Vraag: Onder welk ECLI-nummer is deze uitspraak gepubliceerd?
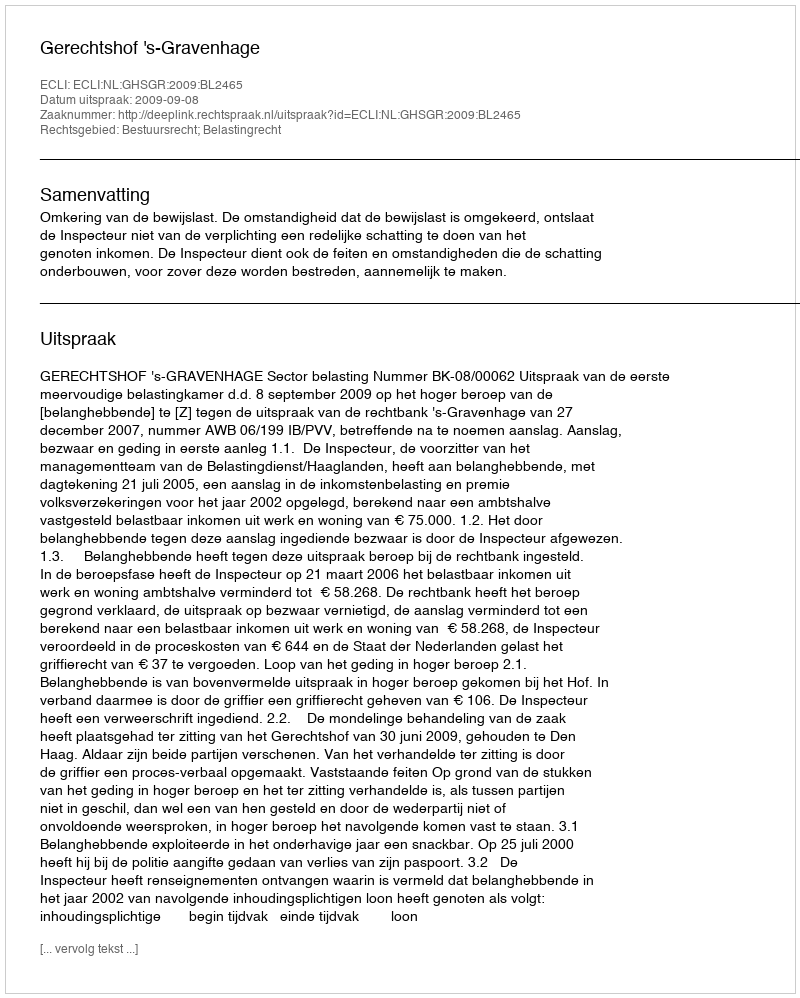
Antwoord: ECLI:NL:GHSGR:2009:BL2465